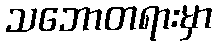
သဘောတရားမှာ